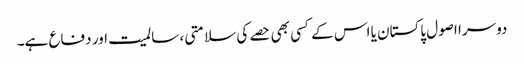
دوسرا اصول پاکستان یا اس کے کسی بھی حصے کی سلامتی ، سالمیت اور دفاع ہے۔